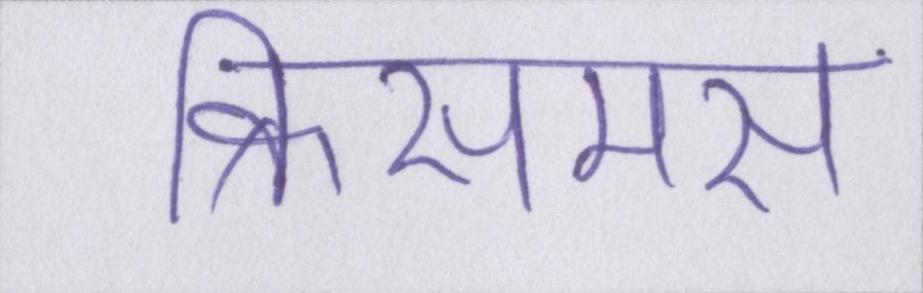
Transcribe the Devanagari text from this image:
क्रिसमस